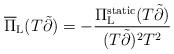
LaTeX: \begin{align*}\overline{\Pi}_{\rm L} (T\tilde{\partial}) = - \frac{\Pi_{\rm L}^{\rm static} (T\tilde{\partial})}{(T\tilde{\partial})^{2} T^{2}}\end{align*}